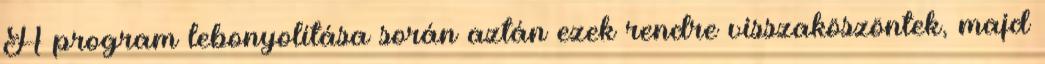
A program lebonyolítása során aztán ezek rendre visszaköszöntek, majd